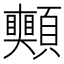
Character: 𩖀